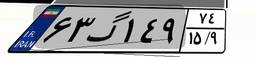
۶۳گ۱۴۹۷۴